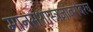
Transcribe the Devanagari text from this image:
मानसशास्त्रज्ञांबरोबरच